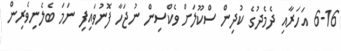
6-16 އަހަރާއި ދެމެދުގެ ކުދިން ސްކޫލަށް ވެކްސިން ނުޖަހާ ފޮނުވައިފި ނަމަ ބެލެނިވެރިން